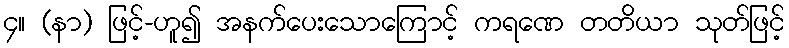
၄။ (နာ) ဖြင့်-ဟူ၍ အနက်ပေးသောကြောင့် ကရဏေ တတိယာ သုတ်ဖြင့်